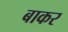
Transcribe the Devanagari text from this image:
बाकर